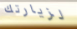
لزيارتك